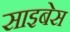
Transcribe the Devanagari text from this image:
साइबेस